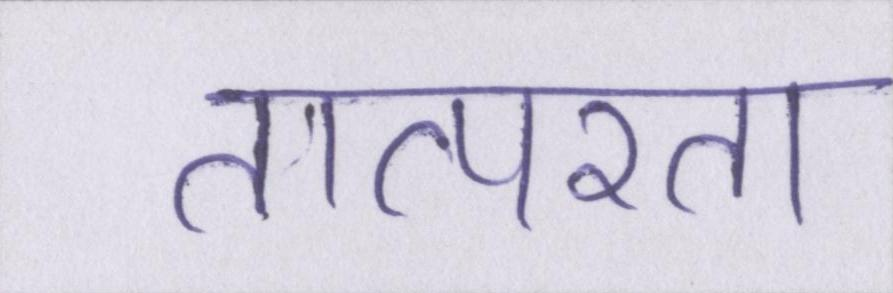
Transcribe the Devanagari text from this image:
तात्परता